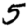
Digit: 5